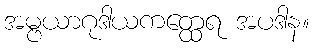
အမ္ဗယာဂုဒါယကတ္ထေရ အပဒါန။